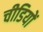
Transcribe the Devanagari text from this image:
चीडियों